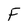
Character: F